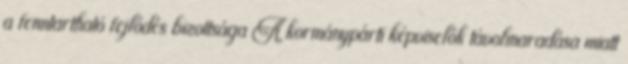
a fenntartható fejlődés bizottsága A kormánypárti képviselők távolmaradása miatt